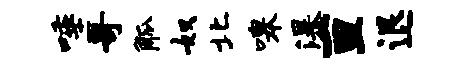
唾哥觚奴北嗥瀑亘退